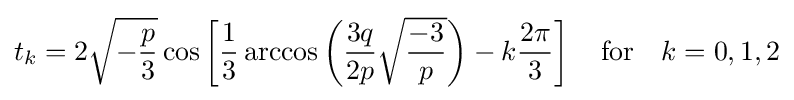
t_{k}=2{\sqrt {-{\frac {p}{3}}}}\cos \left[{\frac {1}{3}}\arccos \left({\frac {3q}{2p}}{\sqrt {\frac {-3}{p}}}\right)-k{\frac {2\pi }{3}}\right]\quad {\text{for}}\quad k=0,1,2